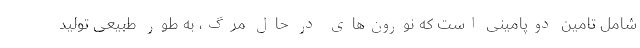
شامل تامین دوپامینی است که نورون‌های در حال مرگ، به طور طبیعی تولید